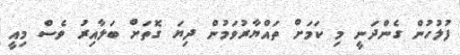
ފުލުހުން ގެންދަނީ މި ކަމަށް ތައްޔާރުވަމުން ދިޔަ ގޮތަށް ބަލާއިރު ވެސް މިއީ